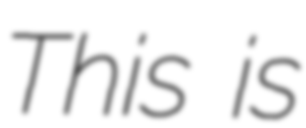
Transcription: This is